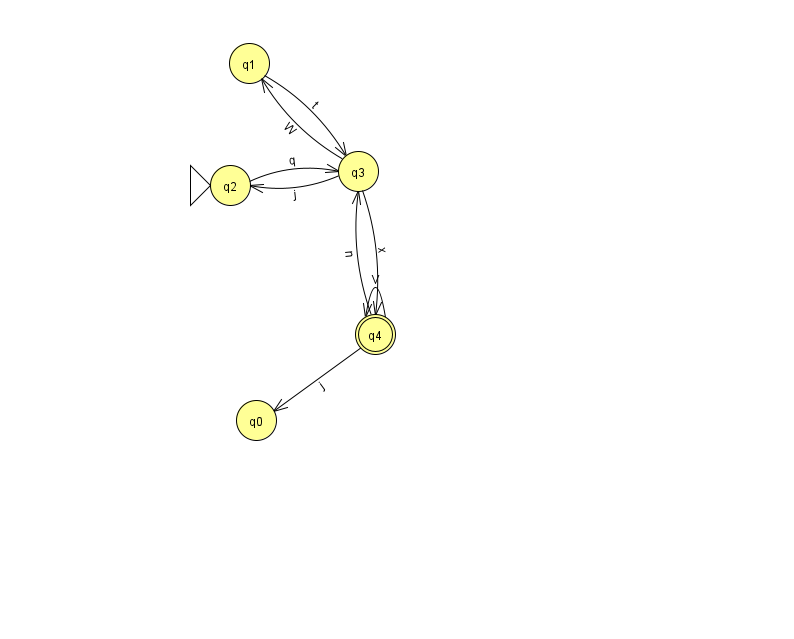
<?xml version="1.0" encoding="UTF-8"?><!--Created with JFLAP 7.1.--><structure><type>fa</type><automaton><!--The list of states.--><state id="0" name="q0"><x>256.0</x><y>407.0</y></state><state id="1" name="q1"><x>249.0</x><y>50.0</y></state><state id="2" name="q2"><x>230.0</x><y>172.0</y><initial/></state><state id="3" name="q3"><x>358.0</x><y>158.0</y></state><state id="4" name="q4"><x>375.0</x><y>321.0</y><final/></state><!--The list of transitions.--><transition><from>1</from><to>3</to><read>t</read></transition><transition><from>4</from><to>4</to><read>V</read></transition><transition><from>3</from><to>1</to><read>W</read></transition><transition><from>3</from><to>2</to><read>j</read></transition><transition><from>4</from><to>3</to><read>n</read></transition><transition><from>4</from><to>0</to><read>j</read></transition><transition><from>2</from><to>3</to><read>q</read></transition><transition><from>3</from><to>4</to><read>x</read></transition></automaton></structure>